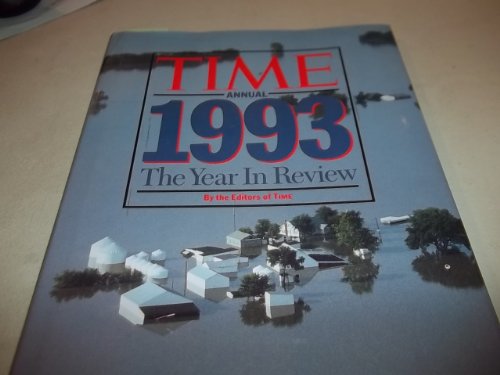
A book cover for Time Annual 1993: The Year in Review (Time Annual: the Year in Review); Humor & Entertainment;